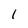
Character: 1